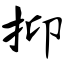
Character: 抑